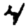
Digit: 4